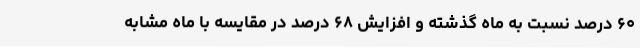
۶۰ درصد نسبت به ماه گذشته و افزایش ۶۸ درصد در مقایسه با ماه مشابه